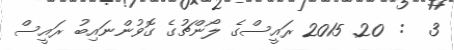
3  :  20